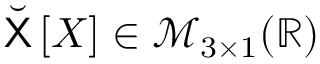
\breve { \sf { X } } \left[ X \right] \in \mathcal { M } _ { 3 \times 1 } ( \mathbb { R } )